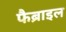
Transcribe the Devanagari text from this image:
फैब्राइल